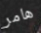
هامر